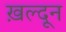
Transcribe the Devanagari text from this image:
ख़ल्दून